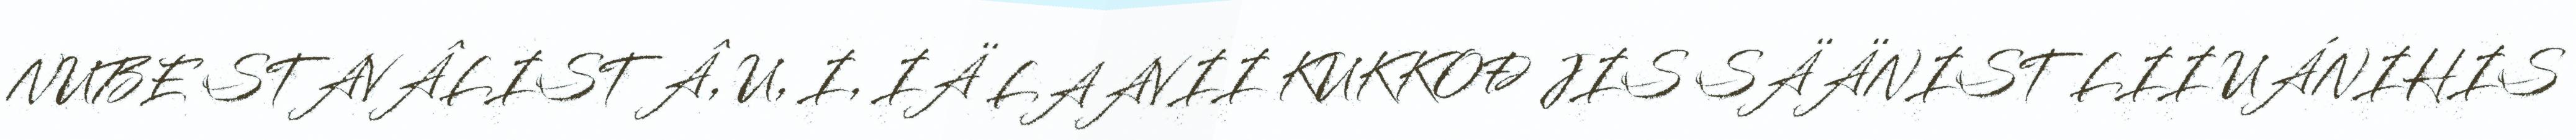
NUBE STAVÂLIST Â, U, I, IÄ LAAVII KUKKOĐ JIS SÄÄNIST LII UÁNIHIS